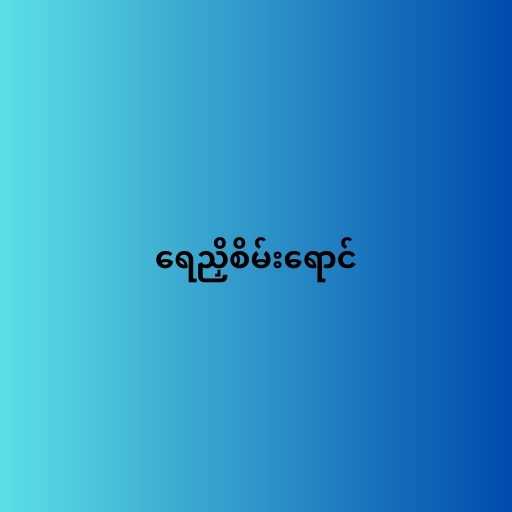
ရေညှိစိမ်းရောင်